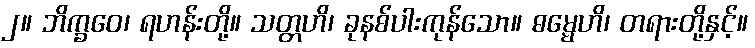
၂။ ဘိက္ခဝေ၊ ရဟန်းတို့။ သတ္တဟိ၊ ခုနစ်ပါးကုန်သော။ ဓမ္မေဟိ၊ တရားတို့နှင့်။